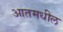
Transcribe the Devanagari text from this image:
आतमधील